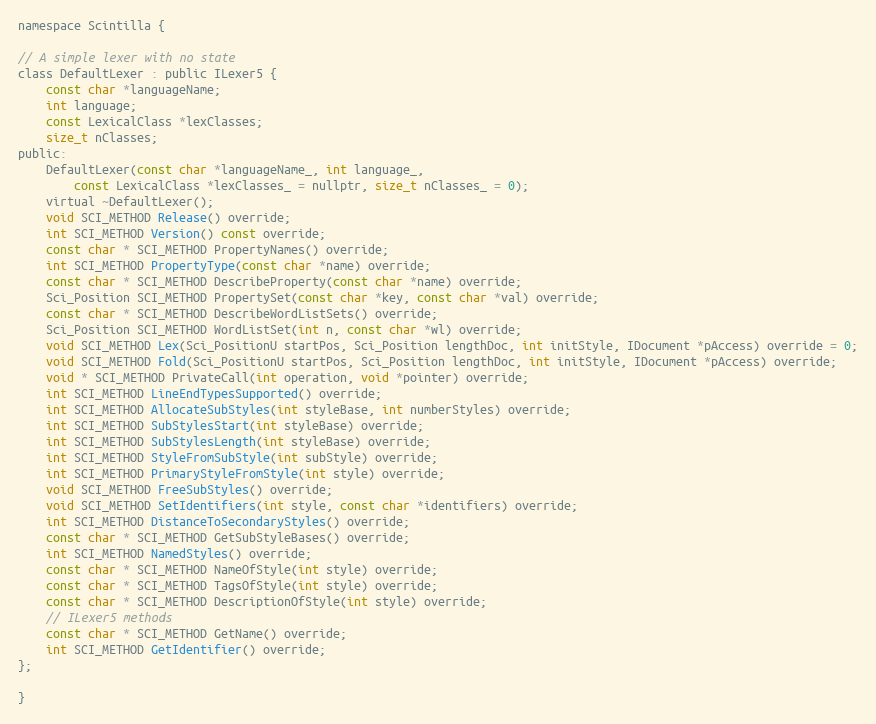
Language: C
namespace Scintilla {

// A simple lexer with no state
class DefaultLexer : public ILexer5 {
	const char *languageName;
	int language;
	const LexicalClass *lexClasses;
	size_t nClasses;
public:
	DefaultLexer(const char *languageName_, int language_,
		const LexicalClass *lexClasses_ = nullptr, size_t nClasses_ = 0);
	virtual ~DefaultLexer();
	void SCI_METHOD Release() override;
	int SCI_METHOD Version() const override;
	const char * SCI_METHOD PropertyNames() override;
	int SCI_METHOD PropertyType(const char *name) override;
	const char * SCI_METHOD DescribeProperty(const char *name) override;
	Sci_Position SCI_METHOD PropertySet(const char *key, const char *val) override;
	const char * SCI_METHOD DescribeWordListSets() override;
	Sci_Position SCI_METHOD WordListSet(int n, const char *wl) override;
	void SCI_METHOD Lex(Sci_PositionU startPos, Sci_Position lengthDoc, int initStyle, IDocument *pAccess) override = 0;
	void SCI_METHOD Fold(Sci_PositionU startPos, Sci_Position lengthDoc, int initStyle, IDocument *pAccess) override;
	void * SCI_METHOD PrivateCall(int operation, void *pointer) override;
	int SCI_METHOD LineEndTypesSupported() override;
	int SCI_METHOD AllocateSubStyles(int styleBase, int numberStyles) override;
	int SCI_METHOD SubStylesStart(int styleBase) override;
	int SCI_METHOD SubStylesLength(int styleBase) override;
	int SCI_METHOD StyleFromSubStyle(int subStyle) override;
	int SCI_METHOD PrimaryStyleFromStyle(int style) override;
	void SCI_METHOD FreeSubStyles() override;
	void SCI_METHOD SetIdentifiers(int style, const char *identifiers) override;
	int SCI_METHOD DistanceToSecondaryStyles() override;
	const char * SCI_METHOD GetSubStyleBases() override;
	int SCI_METHOD NamedStyles() override;
	const char * SCI_METHOD NameOfStyle(int style) override;
	const char * SCI_METHOD TagsOfStyle(int style) override;
	const char * SCI_METHOD DescriptionOfStyle(int style) override;
	// ILexer5 methods
	const char * SCI_METHOD GetName() override;
	int SCI_METHOD GetIdentifier() override;
};

}